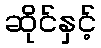
ဆိုင်နှင့်